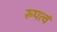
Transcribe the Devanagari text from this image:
रूपत्वं